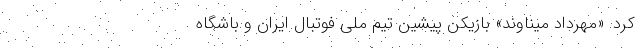
کرد. «مهرداد میناوند» بازیکن پیشین تیم ملی فوتبال ایران و باشگاه